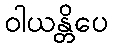
ဝါယန္တိပေ